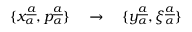
\{ x _ { \alpha } \sp { \underline { { { a } } } } , p _ { \alpha } \sp { \underline { { { a } } } } \} \quad \rightarrow \quad \{ y _ { \alpha } \sp { \underline { { { a } } } } , \xi _ { \alpha } \sp { \underline { { { a } } } } \}